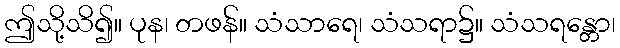
ဤသို့သိ၍။ ပုန၊ တဖန်။ သံသာရေ၊ သံသရာ၌။ သံသရန္တော၊